Report on the Civil Veterinary Department, Eastern Bengal and Assam - 1907-1911
Year: 1907
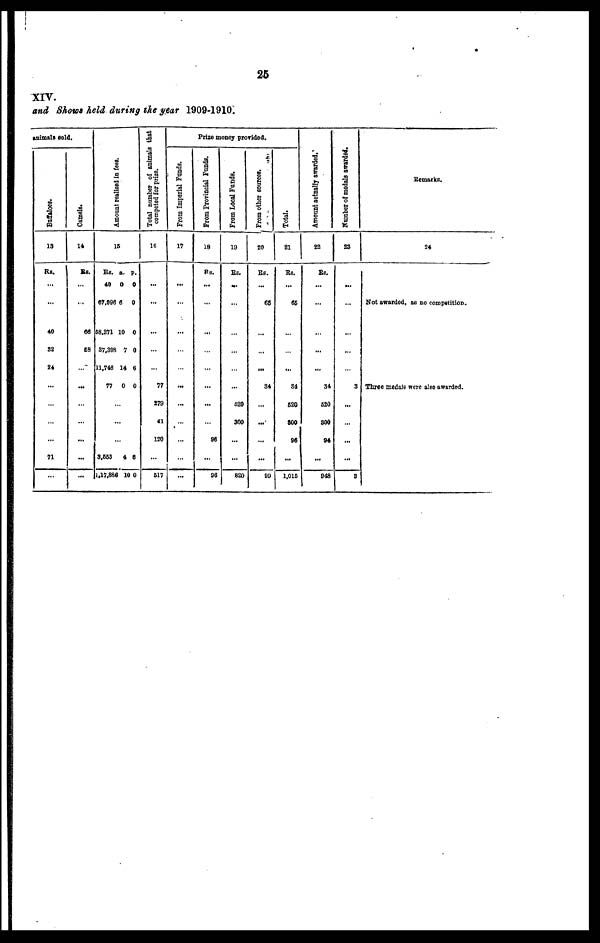
25
XIV.
and Shows held during the year 1909-1910.
animals sold.
Buffaloes.
13
Rs.
...
...
40
32
24
...
...
…
...
71
…
Camels.
14
Be.
...
...
66
68
…
...
…
…
...
...
...
Amo u n t r eal i s ed in fees.
15
Rs. a. p.
40 0 0
67,996 6 0
58,271 10 0
37,388 7 0
11,746 14 6
77 0 0
…
…
...
3,663 4 6
1,17,886 10 0
Total number of animals that
competed for prize.
16
...
...
...
…
...
77
279
41
120
...
617
Prize money provided.
From Imperial Funds.
17
...
...
...
…
…
...
...
...
...
...
...
From Provincial Funds.
18
Rs.
...
...
...
…
…
...
...
…
96
...
96
From Local Funds.
19
Rs.
…
...
…
…
…
...
520
300
...
...
820
From other sources
20
Rs.
...
65
...
...
...
84
...
...
...
...
89
Total.
21
Rs.
...
65
…
…
...
34
520
800
96
...
1,016
Amount actually awarded.
22
Rs.
...
...
…
...
...
34
620
800
94
…
948
Nu mb e r of medals awarded.
23
...
…
...
...
…
3
...
…
...
...
3
Remarks.
24
Not awarded, as no competition.
Three medals were also awarded.